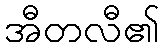
အီတလီ၏